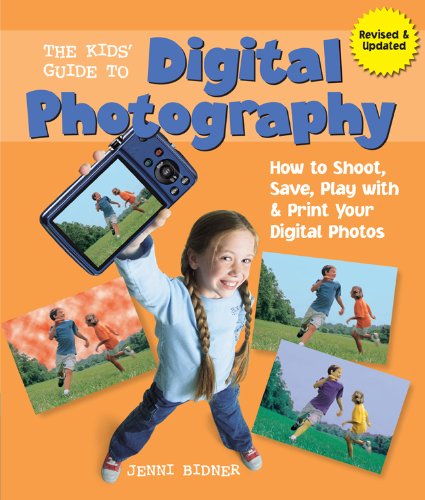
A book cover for The Kids' Guide to Digital Photography: How to Shoot, Save, Play with & Print Your Digital Photos; Jenni Bidner; Children's Books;